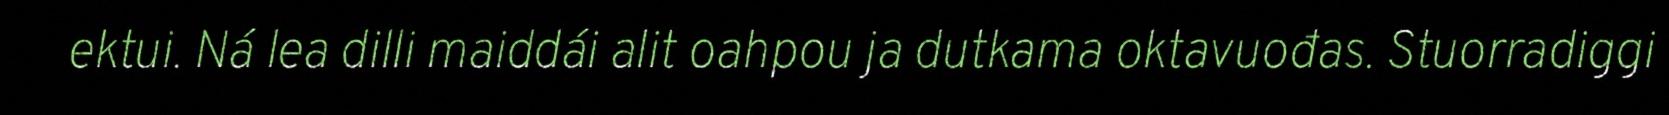
ektui. Ná lea dilli maiddái alit oahpou ja dutkama oktavuođas. Stuorradiggi